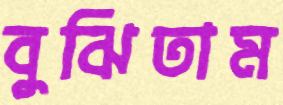
বুঝিতাম